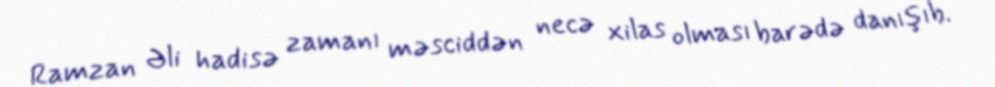
Ramzan Əli hadisə zamanı məsciddən necə xilas olması barədə danışıb.